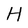
Character: H